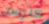
كارسن